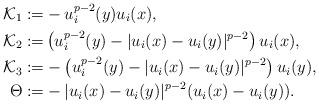
LaTeX: \begin{align*}\mathcal{K}_{1}:=&-u_{i}^{p-2}(y)u_{i}(x),\\\mathcal{K}_{2}:=&\left(u_{i}^{p-2}(y)-|u_{i}(x)-u_{i}(y)|^{p-2}\right)u_{i}(x),\\\mathcal{K}_{3}:=&-\left(u_{i}^{p-2}(y)-|u_{i}(x)-u_{i}(y)|^{p-2}\right)u_{i}(y),\\\Theta:=&-|u_{i}(x)-u_{i}(y)|^{p-2}(u_{i}(x)-u_{i}(y)).\end{align*}